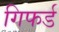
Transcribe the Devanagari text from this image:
गिफर्ड